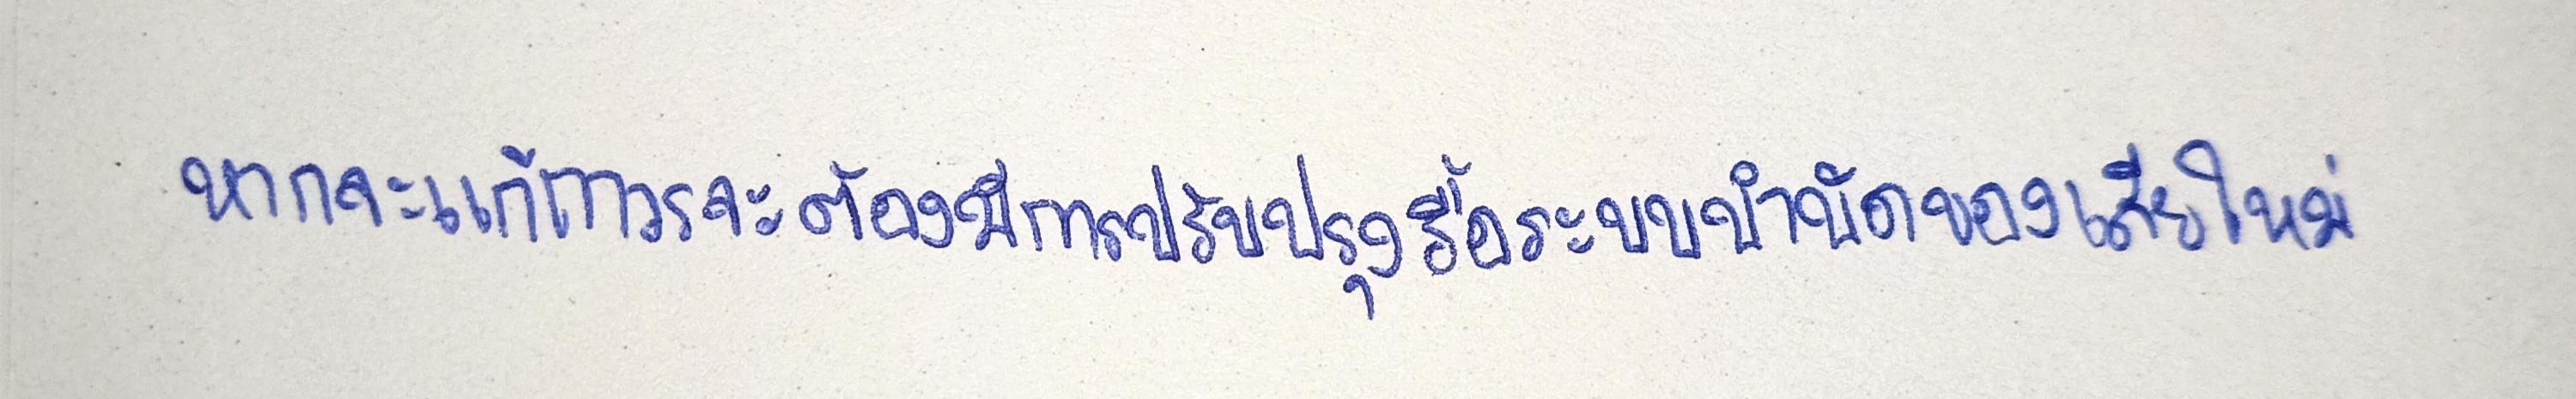
หากจะแก้ถาวรจะต้องมีการปรับปรุงรื้อระบบบำบัดของเสียใหม่